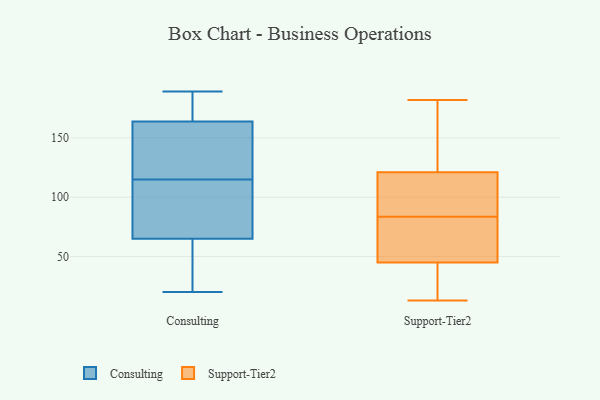
{"axis": {"x": "Inventory Turnover", "y": "Value"}, "legend": ["Consulting", "Support-Tier2"], "data": [{"x": "", "y": 180, "type": "Consulting"}, {"x": "", "y": 123, "type": "Consulting"}, {"x": "", "y": 83, "type": "Consulting"}, {"x": "", "y": 163, "type": "Consulting"}, {"x": "", "y": 138, "type": "Consulting"}, {"x": "", "y": 20, "type": "Consulting"}, {"x": "", "y": 42, "type": "Consulting"}, {"x": "", "y": 115, "type": "Consulting"}, {"x": "", "y": 96, "type": "Consulting"}, {"x": "", "y": 166, "type": "Consulting"}, {"x": "", "y": 189, "type": "Consulting"}, {"x": "", "y": 22, "type": "Consulting"}, {"x": "", "y": 166, "type": "Consulting"}, {"x": "", "y": 66, "type": "Consulting"}, {"x": "", "y": 62, "type": "Consulting"}, {"x": "", "y": 156, "type": "Consulting"}, {"x": "", "y": 91, "type": "Consulting"}, {"x": "", "y": 74, "type": "Support-Tier2"}, {"x": "", "y": 92, "type": "Support-Tier2"}, {"x": "", "y": 73, "type": "Support-Tier2"}, {"x": "", "y": 126, "type": "Support-Tier2"}, {"x": "", "y": 114, "type": "Support-Tier2"}, {"x": "", "y": 48, "type": "Support-Tier2"}, {"x": "", "y": 182, "type": "Support-Tier2"}, {"x": "", "y": 45, "type": "Support-Tier2"}, {"x": "", "y": 91, "type": "Support-Tier2"}, {"x": "", "y": 45, "type": "Support-Tier2"}, {"x": "", "y": 24, "type": "Support-Tier2"}, {"x": "", "y": 116, "type": "Support-Tier2"}, {"x": "", "y": 180, "type": "Support-Tier2"}, {"x": "", "y": 45, "type": "Support-Tier2"}, {"x": "", "y": 121, "type": "Support-Tier2"}, {"x": "", "y": 170, "type": "Support-Tier2"}, {"x": "", "y": 76, "type": "Support-Tier2"}, {"x": "", "y": 13, "type": "Support-Tier2"}]}